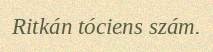
Ritkán tóciens szám.